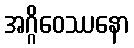
အဂ္ဂိဝေဿနော